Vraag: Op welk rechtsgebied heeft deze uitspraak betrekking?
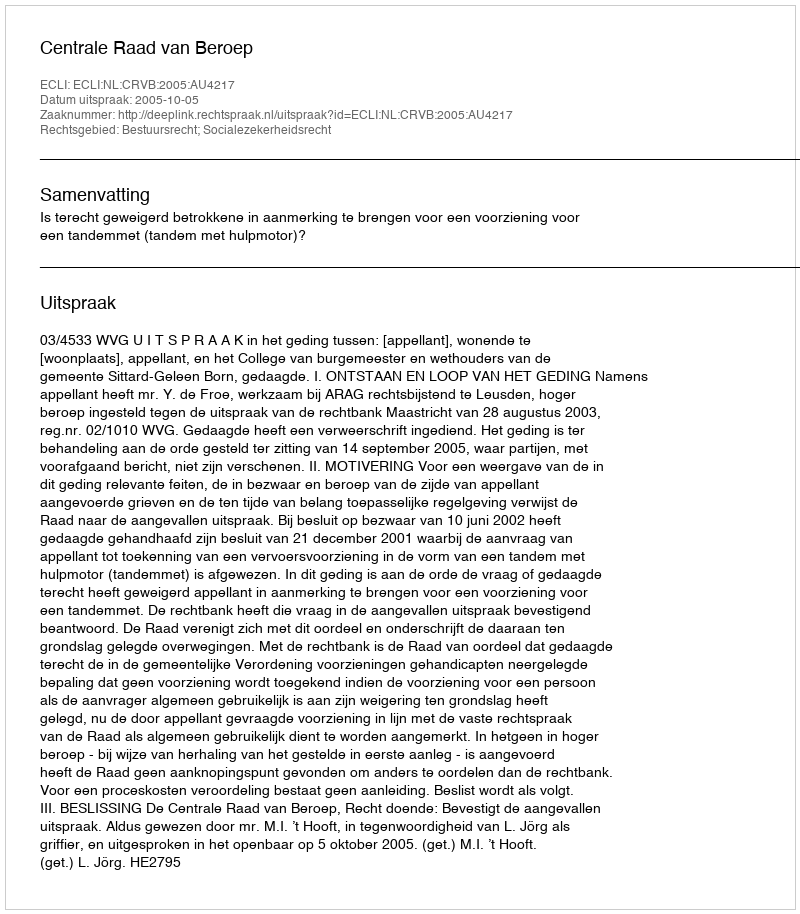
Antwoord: Bestuursrecht; Socialezekerheidsrecht